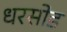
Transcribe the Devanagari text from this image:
धरसोड